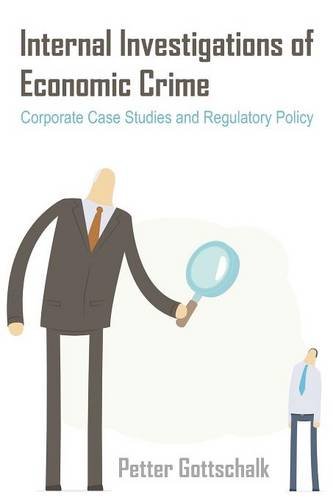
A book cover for Internal Investigations of Economic Crime: Corporate Case Studies and Regulatory Policy; Petter Gottschalk; Biographies & Memoirs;